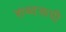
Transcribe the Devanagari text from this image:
शब्दरूपी